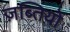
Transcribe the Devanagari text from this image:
ज़ब्तियों